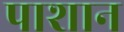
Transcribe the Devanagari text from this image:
पाशान